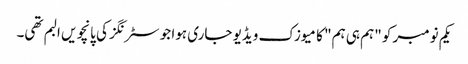
یکم نومبر کو "ہم ہی ہم" کا میوزک ویڈیو جاری ہوا جو سٹرنگز کی پانچویں البم تھی۔